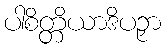
ပါစိတ္တိယာဒိပဉှာ